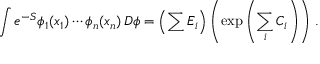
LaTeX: \int e ^ { - S } \phi _ { 1 } ( x _ { 1 } ) \cdots \phi _ { n } ( x _ { n } ) \, D \phi = \left( \sum E _ { i } \right) \left( \exp \left( \sum _ { i } C _ { i } \right) \right) \, .